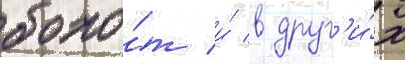
боло́т и́ в друг'и́х